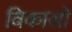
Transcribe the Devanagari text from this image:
विकासों